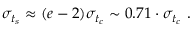
\sigma _ { t _ { s } } \approx { ( e - 2 ) } \sigma _ { t _ { c } } \sim 0 . 7 1 \cdot \sigma _ { t _ { c } } ~ .